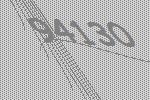
94130